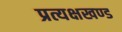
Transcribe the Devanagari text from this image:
प्रत्यक्षखण्ड